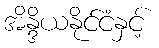
အိန္ဒိယနိုင်ငံနှင့်